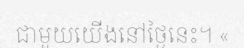
ជាមួយយើងនៅថ្ងៃនេះ។ «